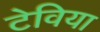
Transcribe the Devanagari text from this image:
टेविया